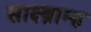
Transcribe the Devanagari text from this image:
साक्ष्ब्राम्ह